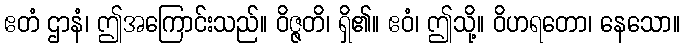
ဧတံ ဌာနံ၊ ဤအကြောင်းသည်။ ဝိဇ္ဇတိ၊ ရှိ၏။ ဧဝံ၊ ဤသို့။ ဝိဟရတော၊ နေသော။